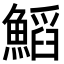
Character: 𩹴